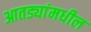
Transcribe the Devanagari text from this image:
आतड्यांमधील